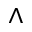
\land